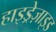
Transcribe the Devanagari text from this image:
हाइड्रेज़ाइड